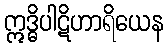
ဣဒ္ဓိပါဋိဟာရိယေန